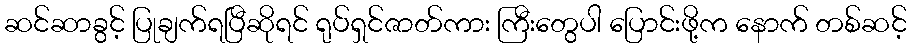
ဆင်ဆာခွင့် ပြုချက်ရပြီဆိုရင် ရုပ်ရှင်ဇာတ်ကား ကြီးတွေပါ ပြောင်းဖို့က နောက် တစ်ဆင့်